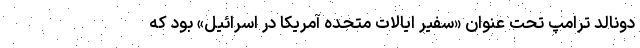
دونالد ترامپ تحت عنوان «سفیر ایالات متحده آمریکا در اسرائیل» بود که